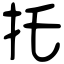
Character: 托